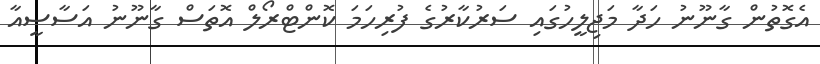
އެގޮތުން ގާނޫނު ހަދާ މަޖިލީހުގައި ސަރުކާރުގެ ފުރިހަމަ ކޮންޓްރޯލް އޮތަސް ގާނޫނު އަސާސީއާ